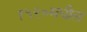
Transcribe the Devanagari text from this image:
१५२०मधील